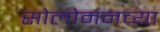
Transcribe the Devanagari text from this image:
सोलोमनच्या